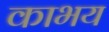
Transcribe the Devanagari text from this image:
काभय